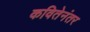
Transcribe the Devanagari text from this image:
कवितेनंतर